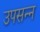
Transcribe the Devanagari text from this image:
उपसन्न